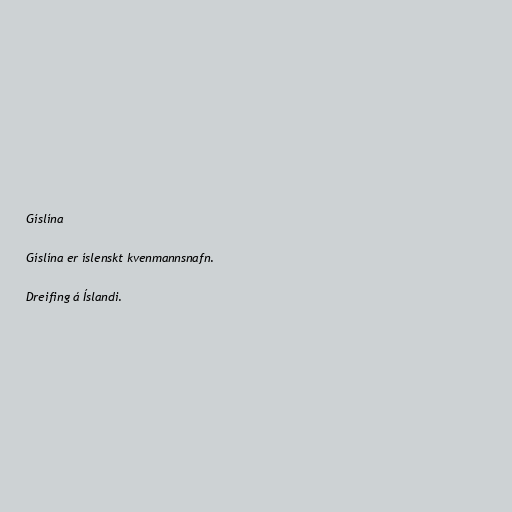
Gíslína

Gíslína er íslenskt kvenmannsnafn.

Dreifing á Íslandi.